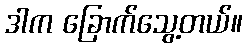
ဒါက ခြောက်သွေ့တယ်။